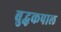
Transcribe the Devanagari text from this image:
बुद्धकपाल